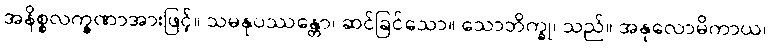
အနိစ္စလက္ခဏာအားဖြင့်။ သမနုပဿန္တော၊ ဆင်ခြင်သော။ သောဘိက္ခု၊ သည်။ အနုလောမိကာယ၊